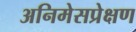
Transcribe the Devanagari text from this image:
अनिमेसप्रेक्षण